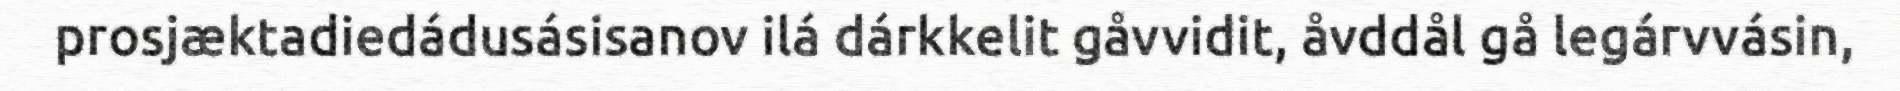
prosjæktadiedádusásisanov ilá dárkkelit gåvvidit, åvddål gå legárvvásin,